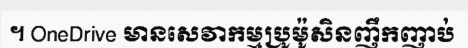
។ OneDrive មានសេវាកម្មប្រូម៉ូសិនញឹកញាប់